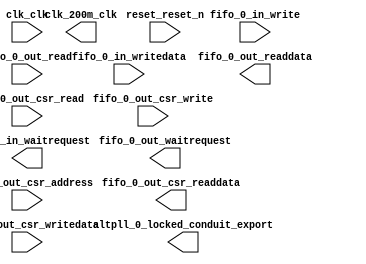

module FIFO_pll (
	altpll_0_locked_conduit_export,
	clk_clk,
	fifo_0_in_writedata,
	fifo_0_in_write,
	fifo_0_in_waitrequest,
	fifo_0_out_readdata,
	fifo_0_out_read,
	fifo_0_out_waitrequest,
	fifo_0_out_csr_address,
	fifo_0_out_csr_read,
	fifo_0_out_csr_writedata,
	fifo_0_out_csr_write,
	fifo_0_out_csr_readdata,
	reset_reset_n,
	clk_200m_clk);	

	output		altpll_0_locked_conduit_export;
	input		clk_clk;
	input	[15:0]	fifo_0_in_writedata;
	input		fifo_0_in_write;
	output		fifo_0_in_waitrequest;
	output	[15:0]	fifo_0_out_readdata;
	input		fifo_0_out_read;
	output		fifo_0_out_waitrequest;
	input	[2:0]	fifo_0_out_csr_address;
	input		fifo_0_out_csr_read;
	input	[31:0]	fifo_0_out_csr_writedata;
	input		fifo_0_out_csr_write;
	output	[31:0]	fifo_0_out_csr_readdata;
	input		reset_reset_n;
	output		clk_200m_clk;
endmodule